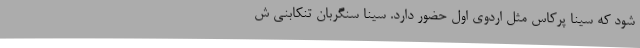
شود که سینا پرکاس مثل اردوی اول حضور دارد. سینا سنگربان تنکابنی ش